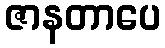
ဇာနတာပေ